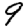
Digit: 9